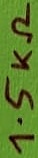
Text: 1.5KΩ